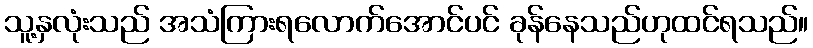
သူ့နှလုံးသည် အသံကြားရလောက်အောင်ပင် ခုန်နေသည်ဟုထင်ရသည်။